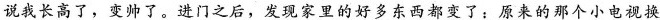
说我长高了，变帅了。进门之后，发现家里的好多东西都变了：原来的那个小电视换